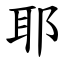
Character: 耶